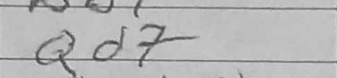
Transcription: Qd7